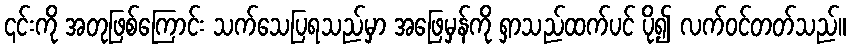
၎င်းကို အတုဖြစ်ကြောင်း သက်သေပြရသည်မှာ အဖြေမှန်ကို ရှာသည်ထက်ပင် ပို၍ လက်ဝင်တတ်သည်။